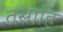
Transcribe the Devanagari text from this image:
तसाहि